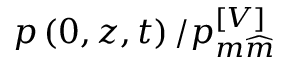
p \left( 0 , z , t \right) / p _ { m \widehat { m } } ^ { \left[ V \right] }